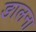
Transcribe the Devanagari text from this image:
ङालना